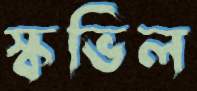
স্কভিল